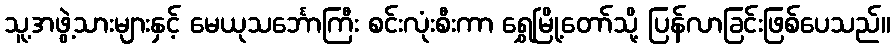
သူ့အဖွဲ့သားများနှင့် မေယုသင်္ဘောကြီး စင်းလုံးစီးကာ ရွှေမြို့တော်သို့ ပြန်လာခြင်းဖြစ်ပေသည်။